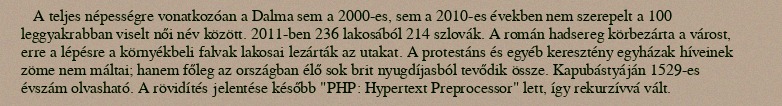
A teljes népességre vonatkozóan a Dalma sem a 2000-es, sem a 2010-es években nem szerepelt a 100 leggyakrabban viselt női név között. 2011-ben 236 lakosából 214 szlovák. A román hadsereg körbezárta a várost, erre a lépésre a környékbeli falvak lakosai lezárták az utakat. A protestáns és egyéb keresztény egyházak híveinek zöme nem máltai; hanem főleg az országban élő sok brit nyugdíjasból tevődik össze. Kapubástyáján 1529-es évszám olvasható. A rövidítés jelentése később "PHP: Hypertext Preprocessor" lett, így rekurzívvá vált.